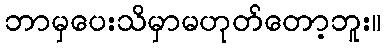
ဘာမှပေးသိမှာမဟုတ်တော့ဘူး။